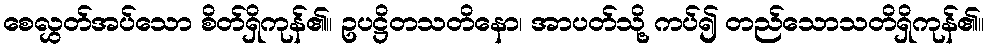
စေလွှတ်အပ်သော စိတ်ရှိကုန်၏။ ဥပဋ္ဌိတသတိနော၊ အာပတ်သို့ ကပ်၍ တည်သောသတိရှိကုန်၏။